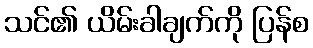
သင်၏ ယိမ်းခါချက်ကို ပြန်စ